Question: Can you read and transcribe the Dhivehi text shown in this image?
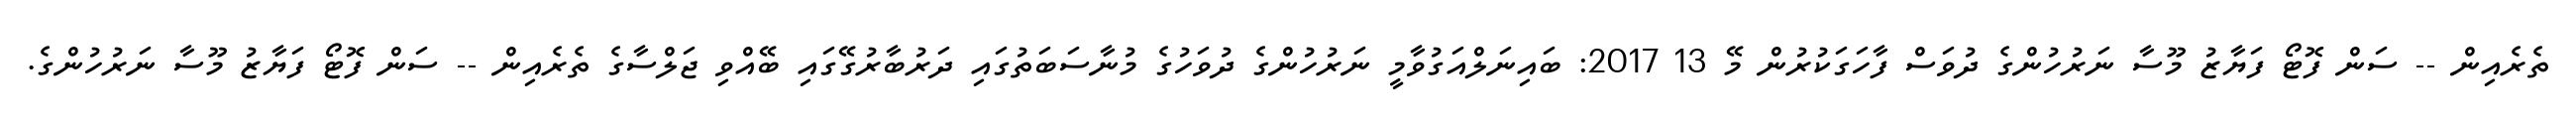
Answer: ތެރެއިން -- ސަން ފޮޓޯ ފަޔާޒު މޫސާ ނަރުހުންގެ ދުވަސް ފާހަގަކުރުން މޭ 13 2017: ބައިނަލްއަގުވާމީ ނަރުހުންގެ ދުވަހުގެ މުނާސަބަތުގައި ދަރުބާރުގޭގައި ބޭއްވި ޖަލްސާގެ ތެރެއިން -- ސަން ފޮޓޯ ފަޔާޒު މޫސާ ނަރުހުންގެ.